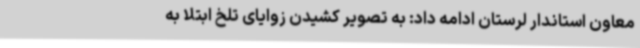
معاون استاندار لرستان ادامه داد: به تصویر کشیدن زوایای تلخ ابتلا به